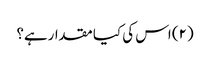
(۲) اس کی کیا مقدارہے؟